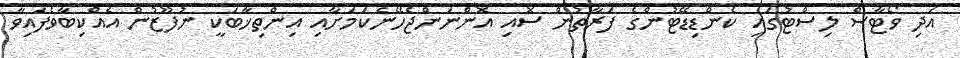
އަދި ވޯޓާސް ލިސްޓުގައި ކެންޑިޑޭޓުންގެ ފަރާތުން ސޮއި އޮންނަންޖެހޭނެކަމަށާއި އިންތިޚާބަކީ ނުފޫޒުން އެއްކިބާވެފައިވާ